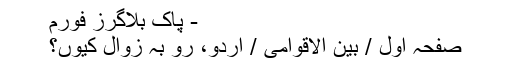
- پاک بلاگرز فورم
صفحہ اول / بین الاقوامی / اردو، رو بہ زوال کیوں؟